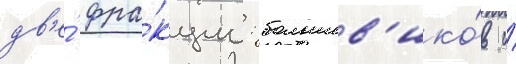
дв'е́ фра́кции: большев'ико́в и́